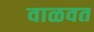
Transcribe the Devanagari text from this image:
वाळवत